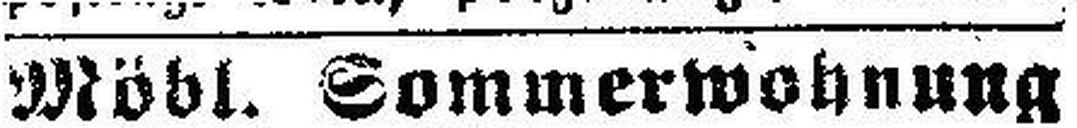
Mödl. Sommerwohnung